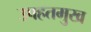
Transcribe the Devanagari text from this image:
उपहतमुख